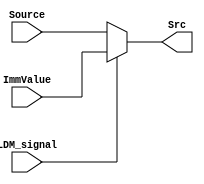
module mux21(Source, ImmValue, LDM_signal, Src);
output [15:0] Src;
input [15:0] Source, ImmValue;
input LDM_signal;

assign Src=(LDM_signal == 1) ? ImmValue : Source;
endmodule